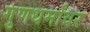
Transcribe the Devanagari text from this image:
गुणधर्मांवर